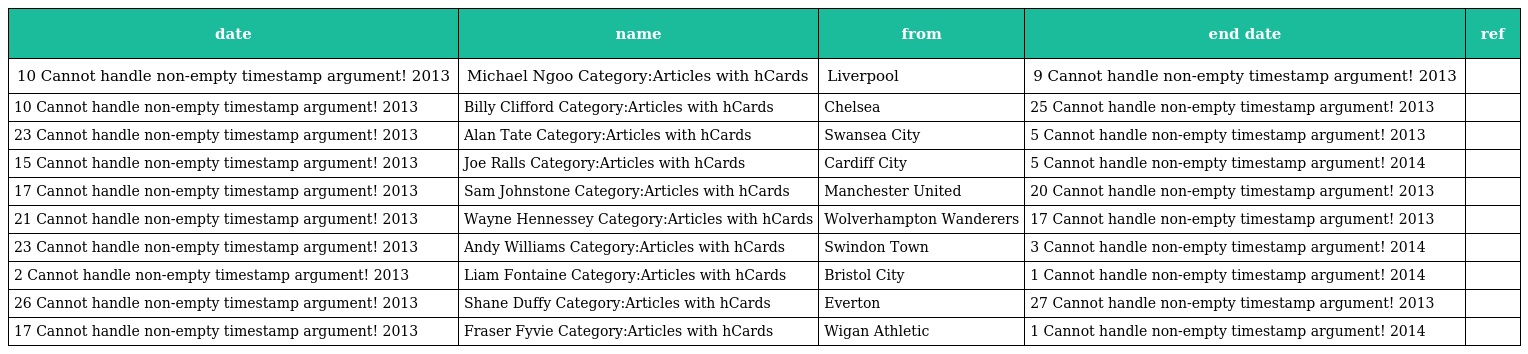
| date | name | from | end date | ref |
 | --- | --- | --- | --- | --- |
 | 10 Cannot handle non-empty timestamp argument! 2013 | Michael Ngoo Category:Articles with hCards | Liverpool | 9 Cannot handle non-empty timestamp argument! 2013 |  |
 | 10 Cannot handle non-empty timestamp argument! 2013 | Billy Clifford Category:Articles with hCards | Chelsea | 25 Cannot handle non-empty timestamp argument! 2013 |  |
 | 23 Cannot handle non-empty timestamp argument! 2013 | Alan Tate Category:Articles with hCards | Swansea City | 5 Cannot handle non-empty timestamp argument! 2013 |  |
 | 15 Cannot handle non-empty timestamp argument! 2013 | Joe Ralls Category:Articles with hCards | Cardiff City | 5 Cannot handle non-empty timestamp argument! 2014 |  |
 | 17 Cannot handle non-empty timestamp argument! 2013 | Sam Johnstone Category:Articles with hCards | Manchester United | 20 Cannot handle non-empty timestamp argument! 2013 |  |
 | 21 Cannot handle non-empty timestamp argument! 2013 | Wayne Hennessey Category:Articles with hCards | Wolverhampton Wanderers | 17 Cannot handle non-empty timestamp argument! 2013 |  |
 | 23 Cannot handle non-empty timestamp argument! 2013 | Andy Williams Category:Articles with hCards | Swindon Town | 3 Cannot handle non-empty timestamp argument! 2014 |  |
 | 2 Cannot handle non-empty timestamp argument! 2013 | Liam Fontaine Category:Articles with hCards | Bristol City | 1 Cannot handle non-empty timestamp argument! 2014 |  |
 | 26 Cannot handle non-empty timestamp argument! 2013 | Shane Duffy Category:Articles with hCards | Everton | 27 Cannot handle non-empty timestamp argument! 2013 |  |
 | 17 Cannot handle non-empty timestamp argument! 2013 | Fraser Fyvie Category:Articles with hCards | Wigan Athletic | 1 Cannot handle non-empty timestamp argument! 2014 |  |